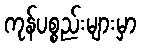
ကုန်ပစ္စည်းများမှာ